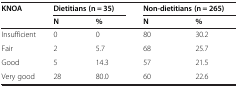
<table><thead><tr><td><b>KNOA</b></td><td colspan="2"><b>Dietitians (n = 35)</b></td><td colspan="2"><b>Non-dietitians (n = 265)</b></td></tr><tr><td><b> </b></td><td><b>N</b></td><td><b>%</b></td><td><b>N</b></td><td><b>%</b></td></tr></thead><tbody><tr><td>Insufficient</td><td>0</td><td>0</td><td>80</td><td>30.2</td></tr><tr><td>Fair</td><td>2</td><td>5.7</td><td>68</td><td>25.7</td></tr><tr><td>Good</td><td>5</td><td>14.3</td><td>57</td><td>21.5</td></tr><tr><td>Very good</td><td>28</td><td>80.0</td><td>60</td><td>22.6</td></tr></tbody></table>